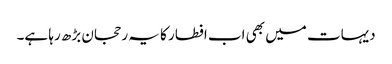
دیہات میں بھی اب افطار کا یہ رحجان بڑھ رہا ہے۔